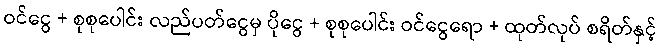
ဝင်ငွေ + စုစုပေါင်း လည်ပတ်ငွေမှ ပိုငွေ + စုစုပေါင်း ဝင်ငွေရော + ထုတ်လုပ် စရိတ်နှင့်